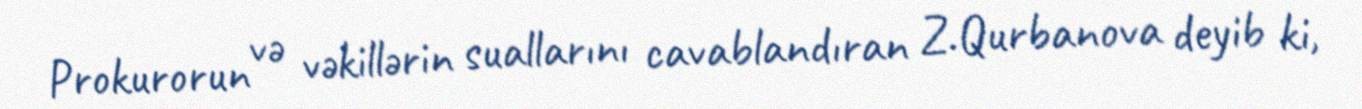
Prokurorun və vəkillərin suallarını cavablandıran Z.Qurbanova deyib ki,